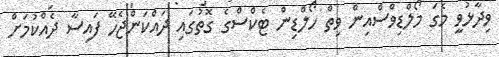
ވިދާޅުވީ މެގަ މޯލްޑިވްސްއިން ވިތް ހޯލްޑިން ޓެކްސްގެ ގޮތުގައި ދައްކަންޖެހޭ ފައިސާ ދެއްކުމަށް